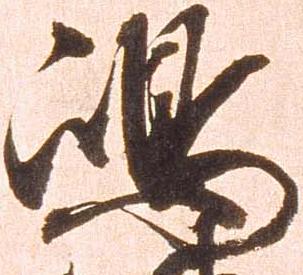
嶋